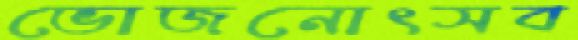
ভোজনোৎসব